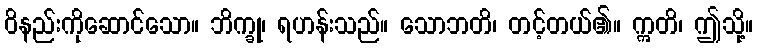
ဝိနည်းကိုဆောင်သော။ ဘိက္ခု၊ ရဟန်းသည်။ သောဘတိ၊ တင့်တယ်၏။ ဣတိ၊ ဤသို့။